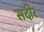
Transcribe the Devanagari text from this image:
सदीर